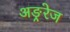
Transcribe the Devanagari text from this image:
अङ्ररेज